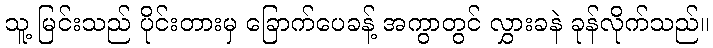
သူ့ မြင်းသည် ပိုင်းတားမှ ခြောက်ပေခန့် အကွာတွင် လွှားခနဲ ခုန်လိုက်သည်။